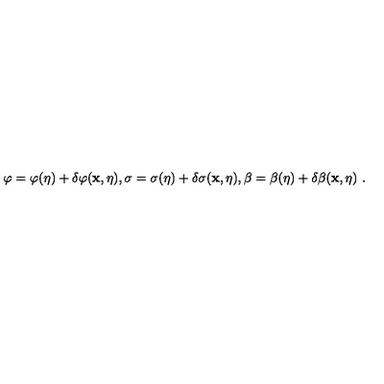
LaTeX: \varphi = \varphi ( \eta ) + \delta \varphi ( { \bf x } , \eta ) , \sigma = \sigma ( \eta ) + \delta \sigma ( { \bf x } , \eta ) , \beta = \beta ( \eta ) + \delta \beta ( { \bf x } , \eta ) \ .